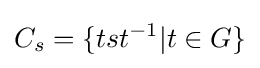
C_{s}=\{tst^{-1}|t\in G\}